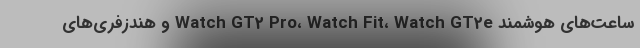
ساعت‌های هوشمند Watch GT2 Pro، Watch Fit، Watch GT2e و هندزفری‌های